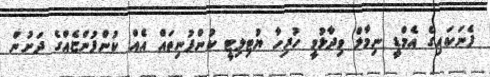
ފެނަކައިގެ އެމްޑީ ނިމާލް ވިދާޅުވީ ހުރިހާ ޔުޓިލިޓީ ކުންފުނިތައް އެއް ކުންފުންޏެއްގެ ދަށުން